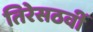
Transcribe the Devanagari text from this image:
तिरेसठवीं